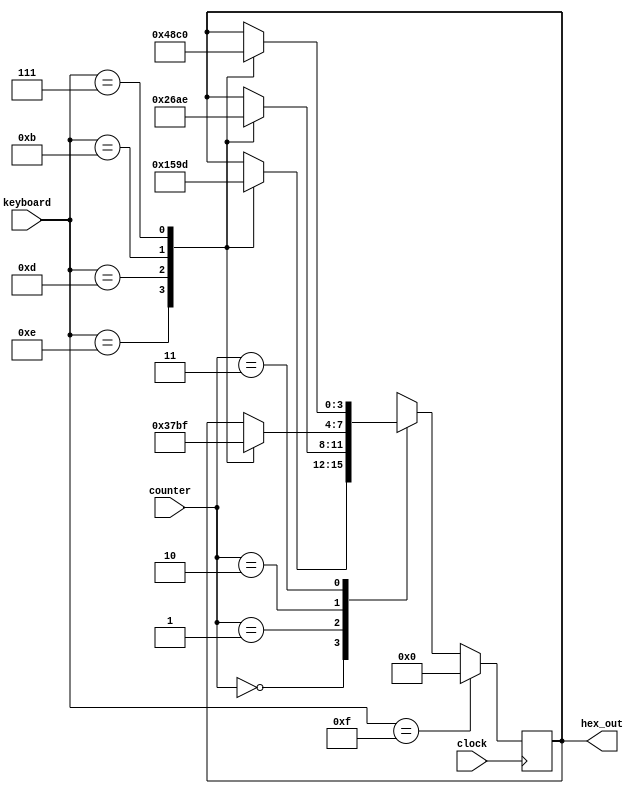
`timescale 1ns/1ps
//////////////////////////////////////////////////////////////////////////////////
// Company: 
// Engineer: 
// 
// Design Name: 
// Module Name: encoder
// Project Name: 
// Target Devices: 
// Tool Versions: 
// Description: 
// 
// Dependencies: 
// 
// Revision:
// Revision 0.01 - File Created
// Additional Comments:
// 
//////////////////////////////////////////////////////////////////////////////////


module encoder( input [3:0] keyboard,
                input clock,
                output reg[3:0] hex_out,
                input [1:0] counter                
    );
    always@(posedge clock)
    begin
    if (keyboard==4'b1111)
    hex_out=4'b000;
    else
 
    case(counter)
    2'b00:
      begin
    case (keyboard)
    4'b1110:
    hex_out=4'h1;
    4'b1101:
    hex_out=4'h5;
    
    4'b1011:
    hex_out=4'h9;
    4'b0111:
    hex_out=4'hD;
    endcase
      end
    2'b01:
      begin
    case (keyboard)
    4'b1110:
    hex_out=4'h2;
    4'b1101:
    hex_out=4'h6;
    
    4'b1011:
    hex_out=4'hA;
    4'b0111:
    hex_out=4'hE;
    endcase
      end
    2'b10:
        begin
    case (keyboard)
    4'b1110:
    hex_out=4'h3;
    4'b1101:
    hex_out=4'h7;
    
    4'b1011:
    hex_out=4'hB;
    4'b0111:
    hex_out=4'hF;
    endcase 
        end
    2'b11:
      begin
    case (keyboard)
    4'b1110:
    hex_out=4'h4;
    4'b1101:
    hex_out=4'h8;
    
    4'b1011:
    hex_out=4'hC;
    4'b0111:
    hex_out=4'h0;
    endcase
      end
    default:
    hex_out=4'h0;
    endcase
    
    end
endmodule